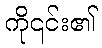
ကို၎င်း၏